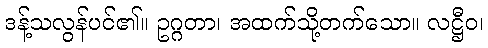
ဒန့်သလွန်ပင်၏။ ဥဂ္ဂတာ၊ အထက်သို့တက်သော။ လဋ္ဌီဝ၊